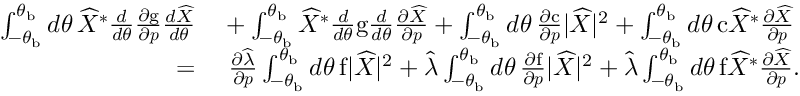
\begin{array} { r l } { \int _ { - \theta _ { \mathrm { b } } } ^ { \theta _ { \mathrm { b } } } d \theta \, \widehat { X } ^ { * } \frac { d } { d \theta } \frac { \partial \mathrm { g } } { \partial \boldsymbol { p } } \frac { d \widehat { X } } { d \theta } } & { { } + \int _ { - \theta _ { \mathrm { b } } } ^ { \theta _ { \mathrm { b } } } \widehat { X } ^ { * } \frac { d } { d \theta } \mathrm { g } \frac { d } { d \theta } \frac { \partial \widehat { X } } { \partial \boldsymbol { p } } + \int _ { - \theta _ { \mathrm { b } } } ^ { \theta _ { \mathrm { b } } } d \theta \, \frac { \partial \mathrm { c } } { \partial \boldsymbol { p } } \lvert \widehat { X } \rvert ^ { 2 } + \int _ { - \theta _ { \mathrm { b } } } ^ { \theta _ { \mathrm { b } } } d \theta \, \mathrm { c } \widehat { X } ^ { * } \frac { \partial \widehat { X } } { \partial \boldsymbol { p } } } \\ { = } & { { } \ \frac { \partial \widehat { \lambda } } { \partial \boldsymbol { p } } \int _ { - \theta _ { \mathrm { b } } } ^ { \theta _ { \mathrm { b } } } d \theta \, \mathrm { f } \lvert \widehat { X } \rvert ^ { 2 } + \widehat { \lambda } \int _ { - \theta _ { \mathrm { b } } } ^ { \theta _ { \mathrm { b } } } d \theta \, \frac { \partial \mathrm { f } } { \partial \boldsymbol { p } } \lvert \widehat { X } \rvert ^ { 2 } + \widehat { \lambda } \int _ { - \theta _ { \mathrm { b } } } ^ { \theta _ { \mathrm { b } } } d \theta \, \mathrm { f } \widehat { X } ^ { * } \frac { \partial \widehat { X } } { \partial \boldsymbol { p } } . } \end{array}